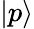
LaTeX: |p\rangle